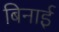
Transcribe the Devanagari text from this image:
बिनाई